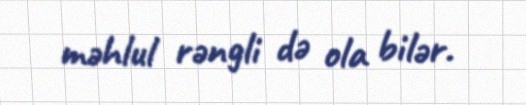
məhlul rəngli də ola bilər.